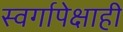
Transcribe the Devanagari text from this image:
स्वर्गापेक्षाही